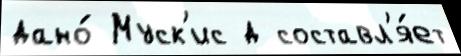
дано́ Муск'ис д составл'я́ет